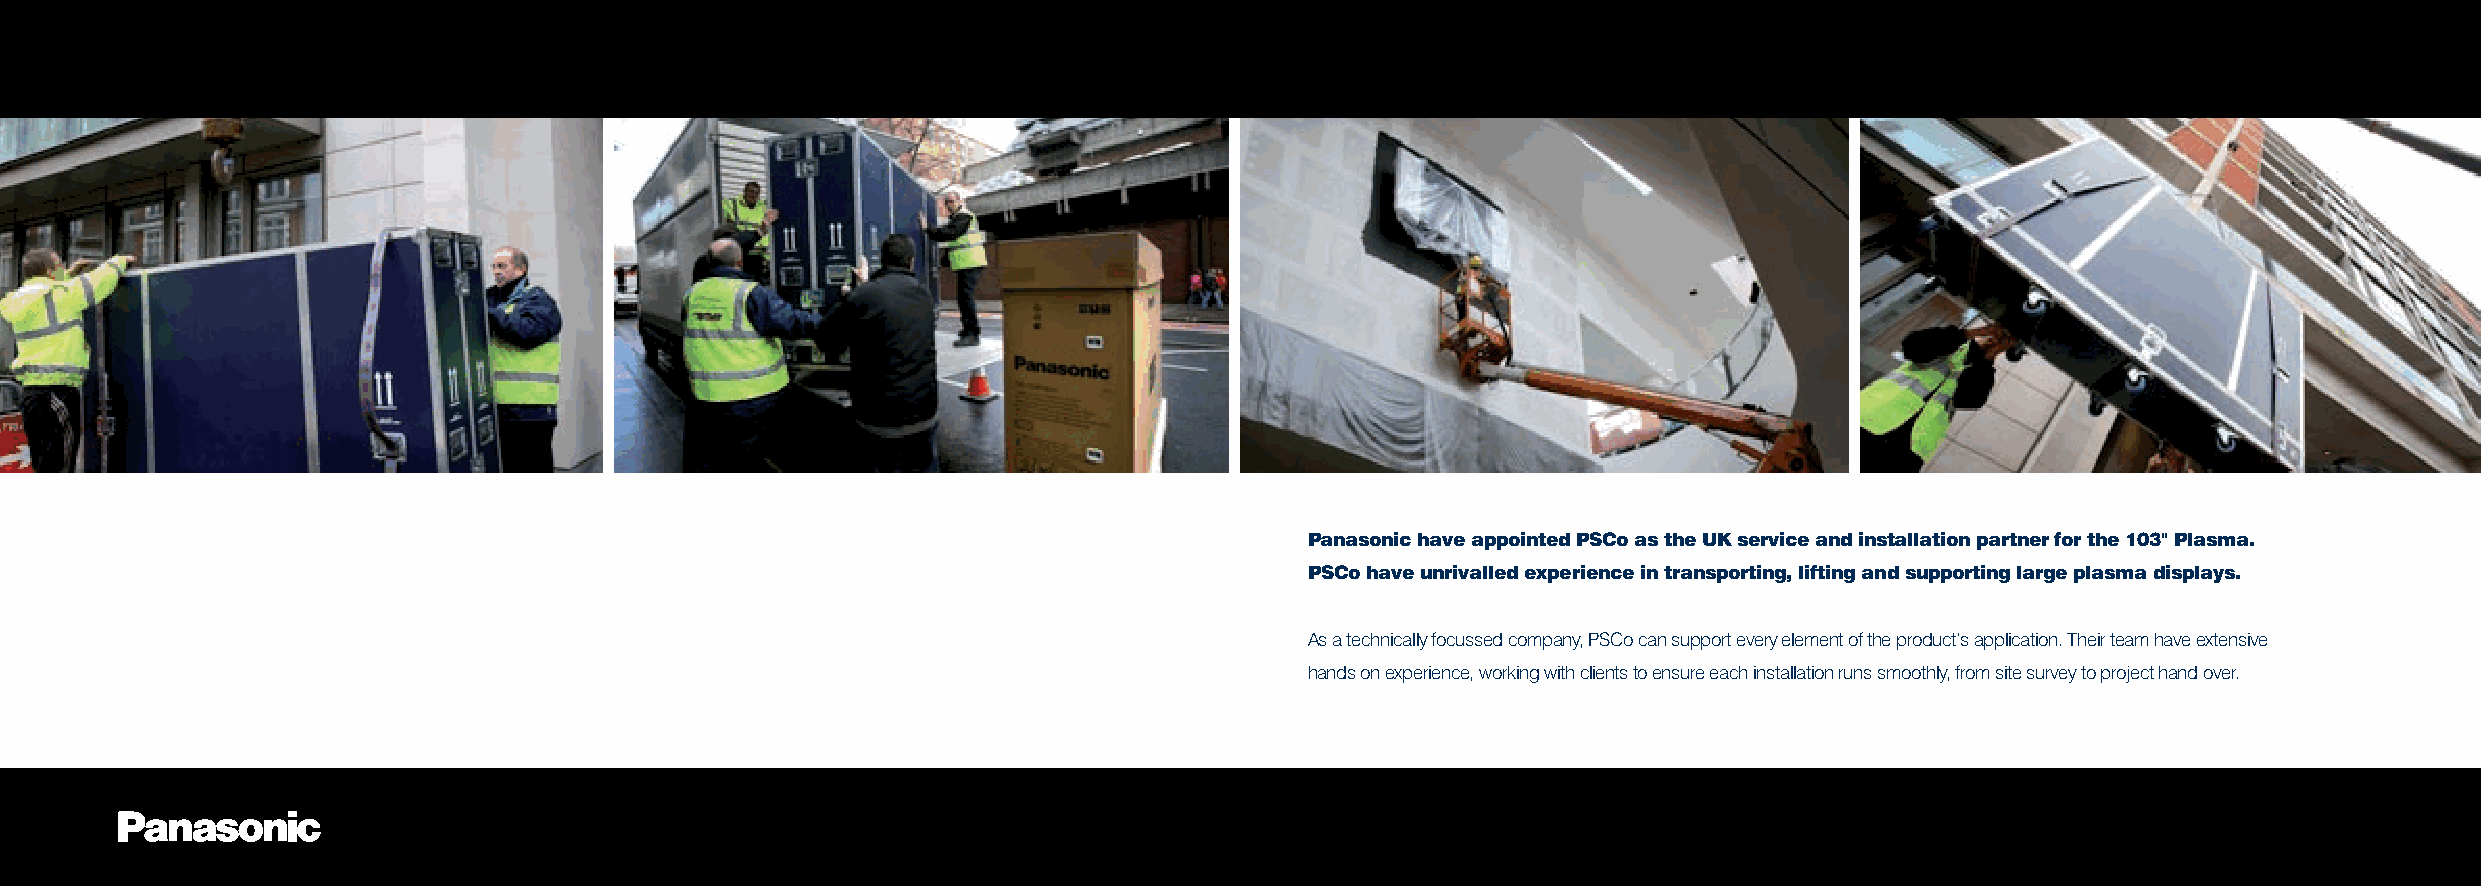
Panasonic have appointed PSCo as the UK service and installation partner for the 103" Plasma.
 PSCo have unrivalled experience in transporting, lifting and supporting large plasma displays.
 As a technically focussed company, PSCo can support every element of the product’s application. Their team have extensive
 hands on experience, working with clients to ensure each installation runs smoothly, from site survey to project hand over.